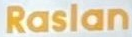
Raslan